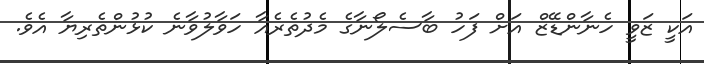
އަކީ ޒަވީ ހެނާންޑޭޒް އަށް ފަހު ބާސެލޯނާގެ މެދުތެރެއާ ހަވާލުވާނެ ކުޅުންތެރިޔާ އެވެ.